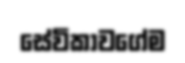
සේවිකාවගේම